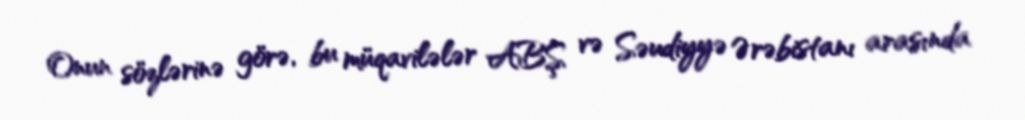
Onun sözlərinə görə, bu müqavilələr ABŞ və Səudiyyə Ərəbistanı arasında